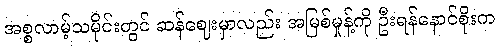
အစ္စလာမ့်သမိုင်းတွင် ဆန်ဈေးမှာလည်း အမြစ်မှုန့်ကို ဦးရန်နောင်စိုးက